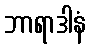
ဘာရာဒါနံ